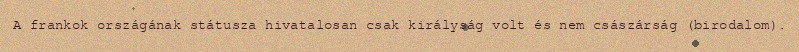
A frankok országának státusza hivatalosan csak királyság volt és nem császárság (birodalom).